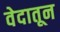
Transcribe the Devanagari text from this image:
वेदातून